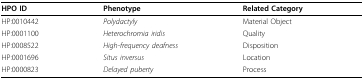
<table><thead><tr><td><b>HPO ID</b></td><td><b>Phenotype</b></td><td><b>Related Category</b></td></tr></thead><tbody><tr><td>HP:0010442</td><td><i>Polydactyly</i></td><td>Material Object</td></tr><tr><td>HP:0001100</td><td><i>Heterochromia iridis</i></td><td>Quality</td></tr><tr><td>HP:0008522</td><td><i>High-frequency deafness</i></td><td>Disposition</td></tr><tr><td>HP:0001696</td><td><i>Situs inversus</i></td><td>Location</td></tr><tr><td>HP:0000823</td><td><i>Delayed puberty</i></td><td>Process</td></tr></tbody></table>